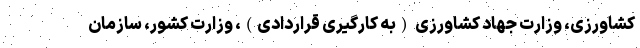
کشاورزی، وزارت جهاد کشاورزی (به کارگیری قراردادی)، وزارت کشور، سازمان